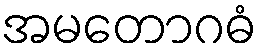
အမတောဂဓံ